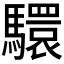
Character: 𩦮